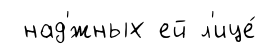
над'́жных ей л'ице́